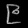
Digit: ၉